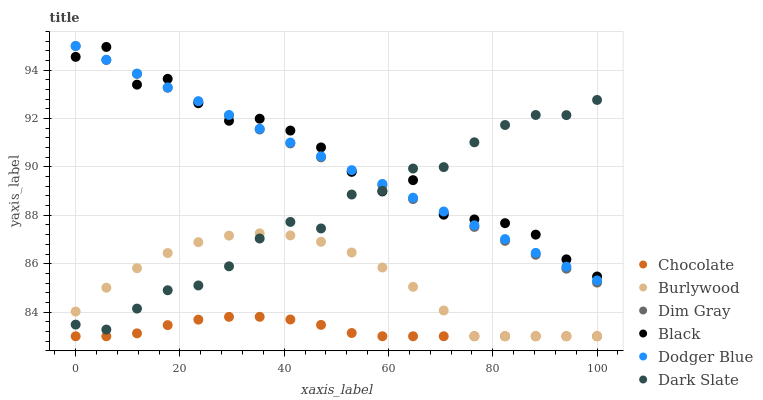
| xaxis_label | Chocolate | Burlywood | Dim Gray | Black | Dodger Blue | Dark Slate |
 | --- | --- | --- | --- | --- | --- | --- |
 | 0 | 83 | 84 | 95 | 94.6 | 95 | 83.5 |
 | 5.88 | 83 | 85 | 94.4 | 95 | 94.4 | 83.3 |
 | 11.8 | 83.1 | 85.8 | 93.8 | 93.4 | 93.9 | 84.1 |
 | 17.6 | 83.5 | 86.4 | 93.3 | 93.6 | 93.3 | 84.9 |
 | 23.5 | 83.7 | 86.9 | 92.7 | 92.6 | 92.7 | 85.1 |
 | 29.4 | 83.8 | 87.2 | 92.1 | 91.9 | 92.1 | 85.9 |
 | 35.3 | 83.8 | 87.3 | 91.5 | 92 | 91.6 | 87 |
 | 41.2 | 83.7 | 87.2 | 91 | 91.5 | 91 | 87.7 |
 | 47.1 | 83.5 | 86.9 | 90.4 | 90.8 | 90.4 | 87.5 |
 | 52.9 | 83.1 | 86.5 | 89.8 | 89.8 | 89.9 | 88.9 |
 | 58.8 | 83 | 85.8 | 89.2 | 89 | 89.3 | 89 |
 | 64.7 | 83 | 85 | 88.7 | 89.5 | 88.7 | 89.9 |
 | 70.6 | 83 | 84.1 | 88.1 | 88 | 88.2 | 90 |
 | 76.5 | 83 | 83 | 87.5 | 87.8 | 87.6 | 91 |
 | 82.4 | 83 | 83 | 86.9 | 87.7 | 87 | 91.7 |
 | 88.2 | 83 | 83 | 86.4 | 87.2 | 86.4 | 92.1 |
 | 94.1 | 83 | 83 | 85.8 | 86.2 | 85.9 | 92.1 |
 | 100 | 83 | 83 | 85.2 | 85.5 | 85.3 | 92.8 |